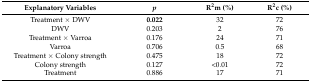
<table><thead><tr><td><b>Explanatory Variables</b></td><td><b><i>p</i></b></td><td><b>R<sup>2</sup>m (%)</b></td><td><b>R<sup>2</sup>c (%)</b></td></tr></thead><tbody><tr><td>Treatment × DWV</td><td><b>0.022</b></td><td>32</td><td>72</td></tr><tr><td>DWV</td><td>0.203</td><td>2</td><td>76</td></tr><tr><td>Treatment × Varroa</td><td>0.176</td><td>24</td><td>71</td></tr><tr><td>Varroa</td><td>0.706</td><td>0.5</td><td>68</td></tr><tr><td>Treatment × Colony strength</td><td>0.475</td><td>18</td><td>72</td></tr><tr><td>Colony strength</td><td>0.127</td><td>&lt;0.01</td><td>72</td></tr><tr><td>Treatment</td><td>0.886</td><td>17</td><td>71</td></tr></tbody></table>